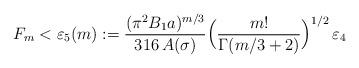
LaTeX: \begin{align*}F_m<\varepsilon_5(m):=\frac{(\pi^2 B_1 a)^{m/3}}{316\,A(\sigma)}\Bigl(\frac{m!}{\Gamma(m/3+2)}\Bigr)^{1/2}\,\varepsilon_4\end{align*}